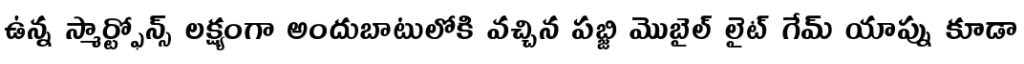
ఉన్న స్మార్ట్ఫోన్స్ లక్ష్యంగా అందుబాటులోకి వచ్చిన పబ్జి మొబైల్ లైట్ గేమ్ యాప్ను కూడా